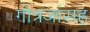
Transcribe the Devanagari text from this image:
गोत्रजांसह